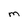
Character: m